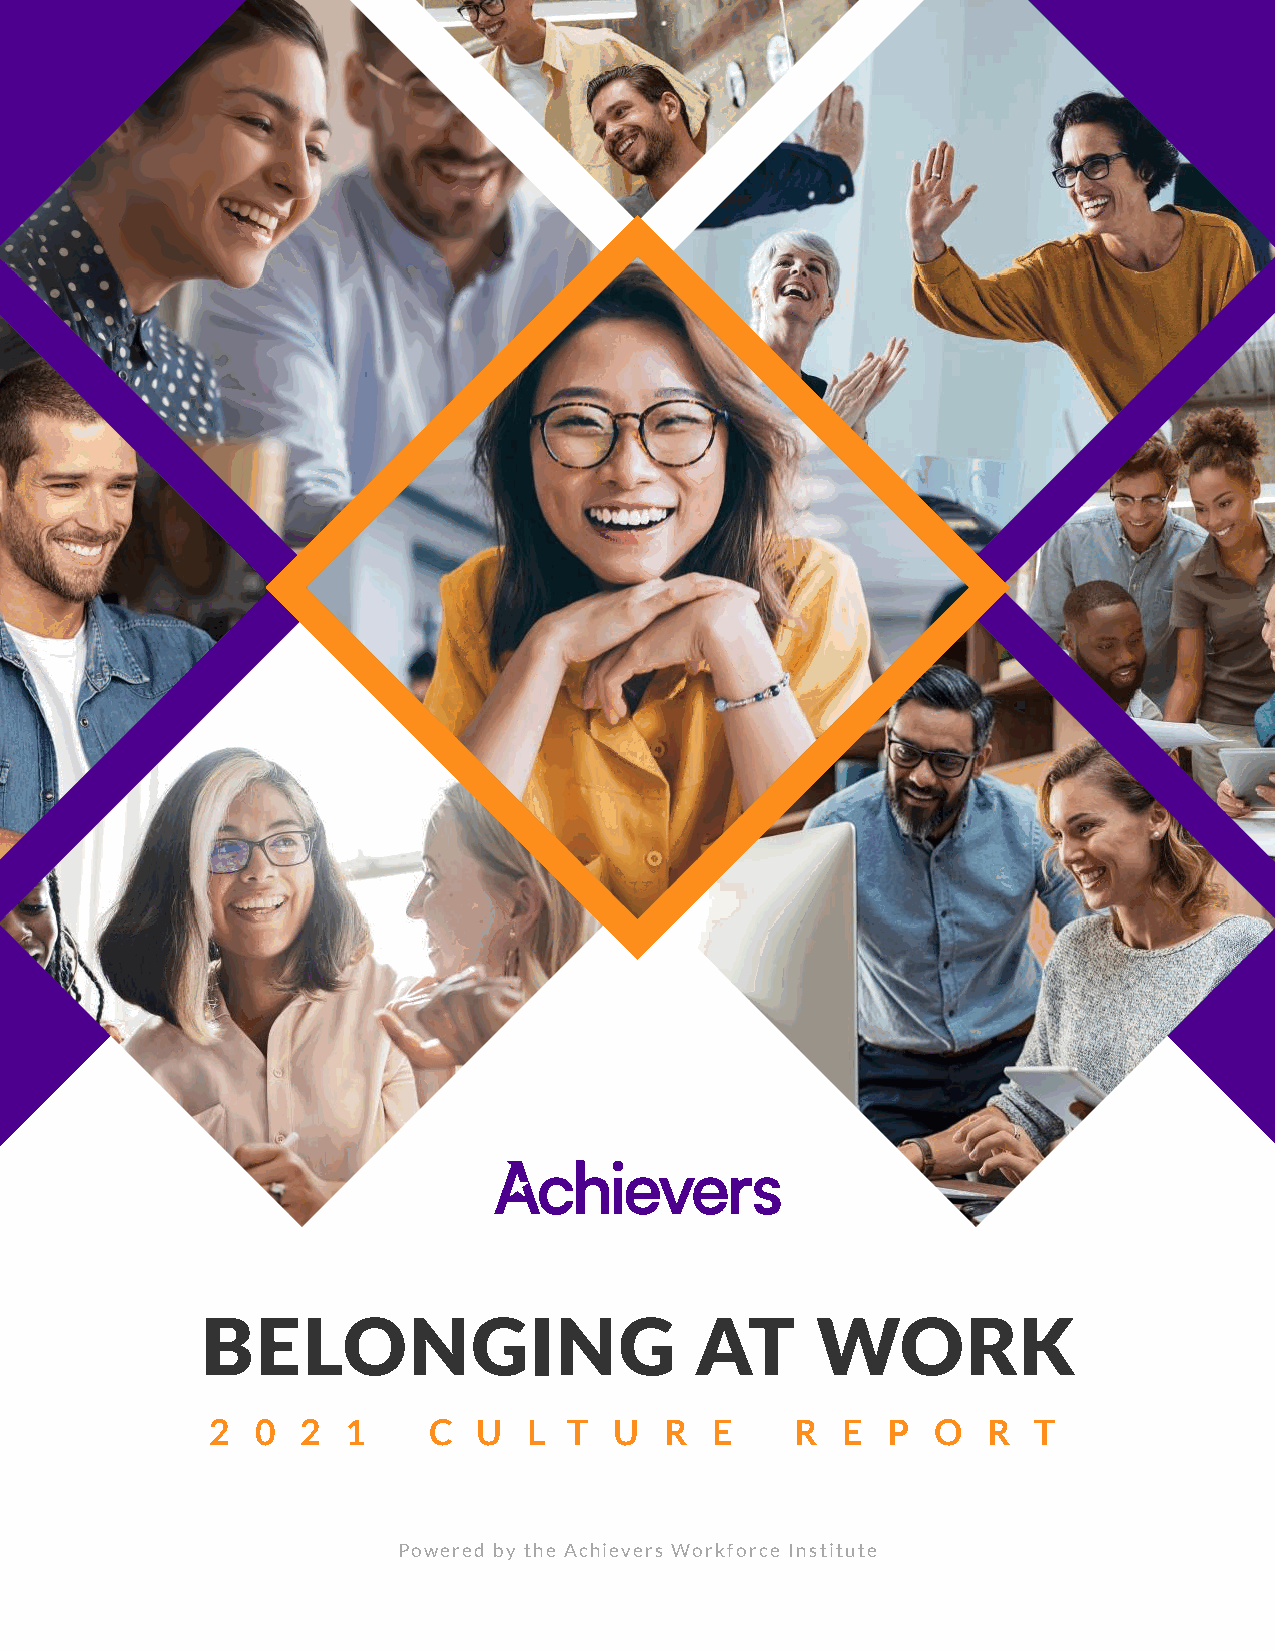
BELONGING                        AT      WORK
 2  0  2  1    C   U  L  T  U  R  E     R  E  P  O  R  T
 Powered by the Achievers Workforce Institute